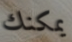
يمكنك